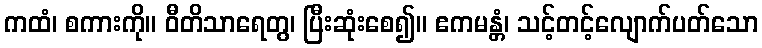
ကထံ၊ စကားကို။ ဝီတိသာရေတွ၊ ပြီးဆုံးစေ၍။ ဧကမန္တံ၊ သင့်တင့်လျောက်ပတ်သော